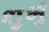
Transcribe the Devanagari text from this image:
शुभुं